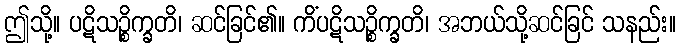
ဤသို့။ ပဋိသဉ္စိက္ခတိ၊ ဆင်ခြင်၏။ ကိံပဋိသဉ္စိက္ခတိ၊ အဘယ်သို့ဆင်ခြင် သနည်း။